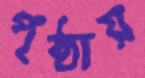
পৃষ্ঠায়